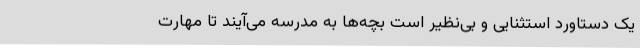
یک دستاورد استثنایی و بی‌نظیر است بچه‌ها به مدرسه می‌آیند تا مهارت